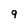
Character: 9